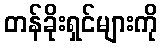
တန်ခိုးရှင်များကို